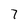
Character: 7